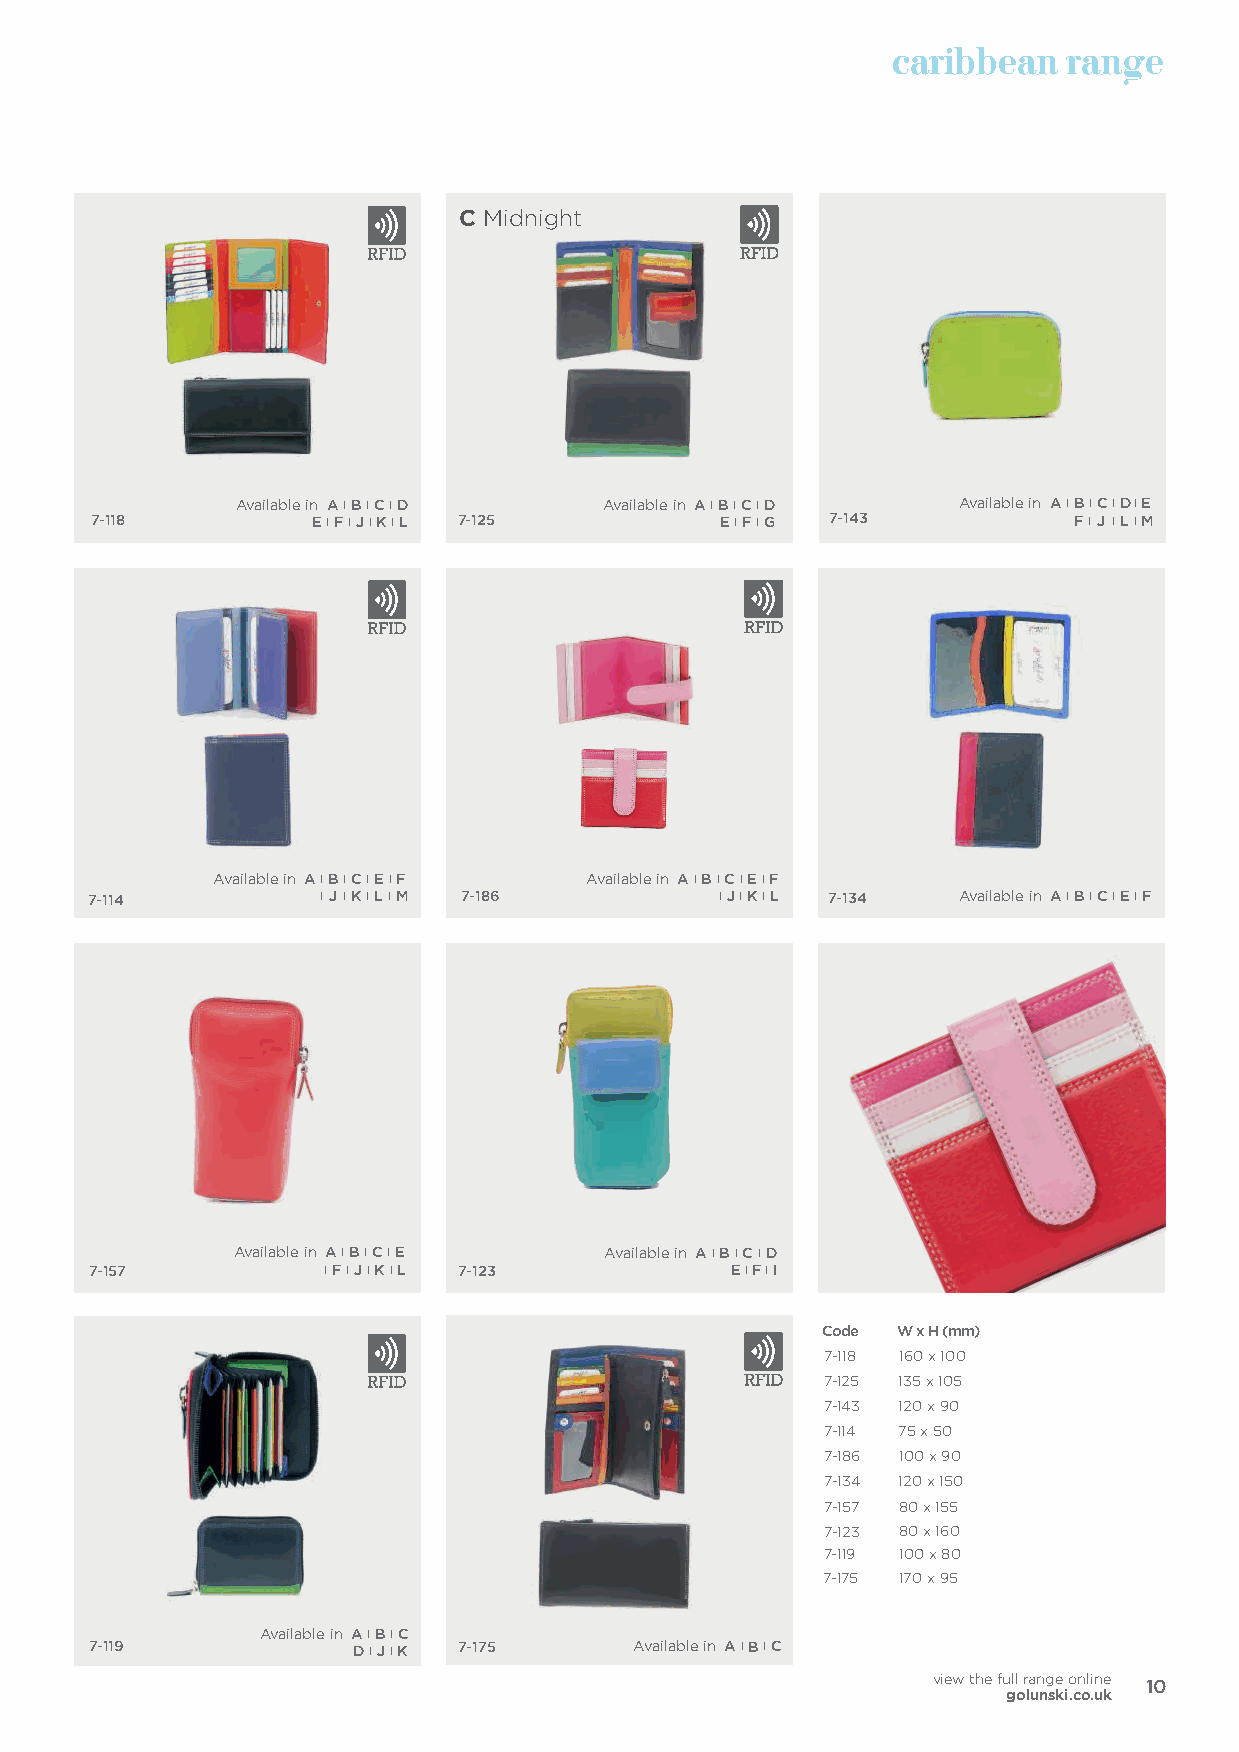
caribbean   range
 C Midnight
 Available in A I B I C I D Available in A I B I C I D Available in A I B I C I D IE
 7-118          E I F I J I K I L 7-125    E I F I G 7-143        F I J I LI M
 Available in A I B I C I E I F Available in A I B I C I E I F
 7-114          I J I K I LI M 7-186       I J I K I L 7-134 Available in A I B I C I E I F
 Available in A I B I C I E Available in A I B I C I D
 7-157           I F I J I K I L 7-123     E I F I I
 Code W x H (m m)
 7-118 160 x 100
 7-125 135 x 105
 7-143 120 x 90
 7-114 75 x 50
 7-186 100 x 90
 7-134 120 x 150
 7-157 80 x 155
 7-123 80 x 160
 7-119 100 x 80
 7-175 170 x 95
 Available in A I B I C
 7-119             D I J I K 7-175   Available in A I B I C
 view the full range online
 golunski.co.uk 10